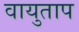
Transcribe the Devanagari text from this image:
वायुताप